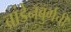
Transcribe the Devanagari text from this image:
ब्रांडेनबुर्गची